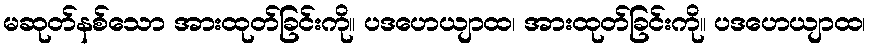
မဆုတ်နစ်သော အားထုတ်ခြင်းကို။ ပဒဟေယျာထ၊ အားထုတ်ခြင်းကို။ ပဒဟေယျာထ၊